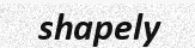
shapely